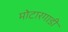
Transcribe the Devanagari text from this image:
मोटारगाडी